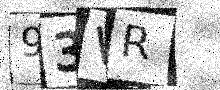
Text: 93VR